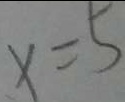
x = 5